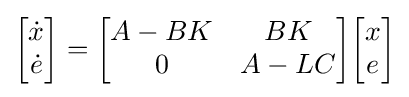
{\begin{bmatrix}{\dot {x}}\\{\dot {e}}\\\end{bmatrix}}={\begin{bmatrix}A-BK&BK\\0&A-LC\\\end{bmatrix}}{\begin{bmatrix}x\\e\\\end{bmatrix}}